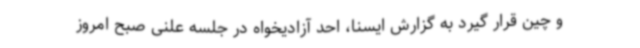
و چین قرار گیرد به گزارش ایسنا، احد آزادیخواه در جلسه علنی صبح امروز